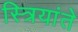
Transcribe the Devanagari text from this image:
स्त्रियांते